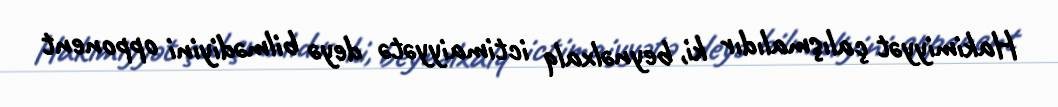
Hakimiyyət çalışmalıdır ki, beynəlxalq ictimaiyyətə deyə bilmədiyini opponent